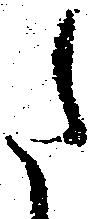
た